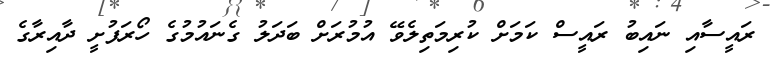
ރައީސާއި ނައިބު ރައީސް ކަމަށް ކުރިމަތިލެވޭ އުމުރަށް ބަދަލު ގެނައުމުގެ ހޯރަފުށީ ދާއިރާގެ